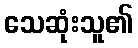
သေဆုံးသူ၏